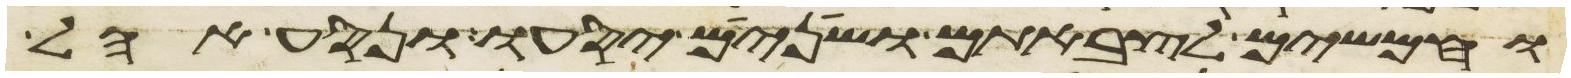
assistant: וחמשים לצבאתם ושנים יסעו ונסע אהל